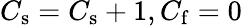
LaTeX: C_{\mathrm{s}}=C_{\mathrm{s}}+1,C_{\mathrm{f}}=0